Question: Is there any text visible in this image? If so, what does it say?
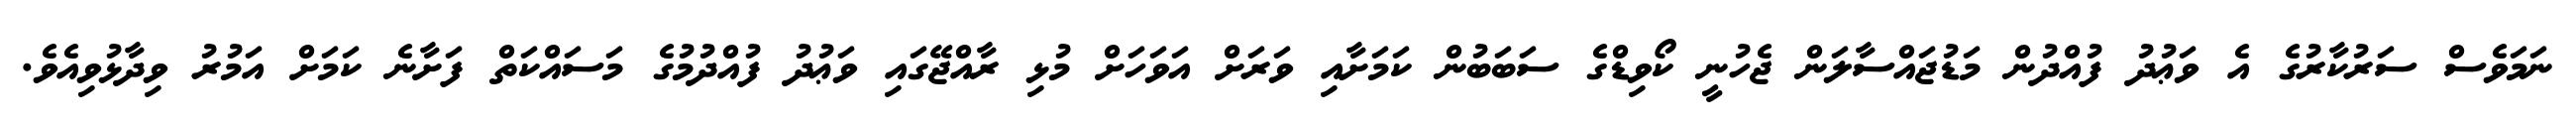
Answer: ނަމަވެސް ސަރުކާރުގެ އެ ވަޢުދު ފުއްދުން މަޑުޖައްސާލަން ޖެހުނީ ކޯވިޑްގެ ސަބަބުން ކަމަށާއި ވަރަށް އަވަހަށް މުޅި ރާއްޖޭގައި ވަޢުދު ފުއްދުމުގެ މަސައްކަތް ފަށާނެ ކަމަށް އަމުރު ވިދާޅުވިއެވެ.